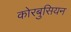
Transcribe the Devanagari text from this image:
कोरबुसियन